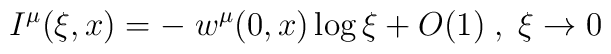
I^{\mu}(\xi, x) = -\; w^{\mu}(0, x) \log \xi + O(1)\;, \; \xi \to 0